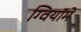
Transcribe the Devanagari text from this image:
ग्वियॉमे